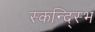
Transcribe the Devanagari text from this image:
स्कन्द्स्भि